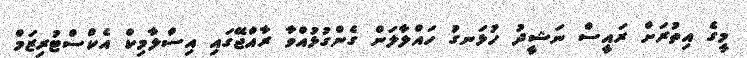
މީގެ އިތުރަށް ރައީސް ނަޝީދު ހުޅަނގު ހައްލާލަން ގެންގުޅުއްވާ ރާއްޖޭގައި އިސްލާމިކް އެކްސްޓުރިޒަމް